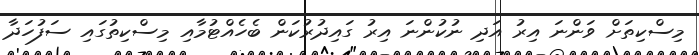
މިސްކިތަށް ވަންނަ އިރު އަދި ނުކުންނަ އިރު ގައިދުރުކަން ބެހެއްޓުމާއި މިސްކިތުގައި ސަފުހަދާ